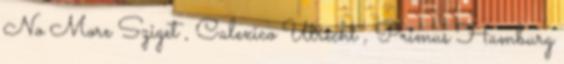
No More Sziget , Calexico Utrecht , Primus Hamburg